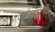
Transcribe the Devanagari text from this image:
अंजुमने